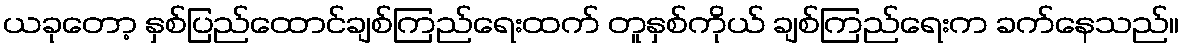
ယခုတော့ နှစ်ပြည်ထောင်ချစ်ကြည်ရေးထက် တူနှစ်ကိုယ် ချစ်ကြည်ရေးက ခက်နေသည်။